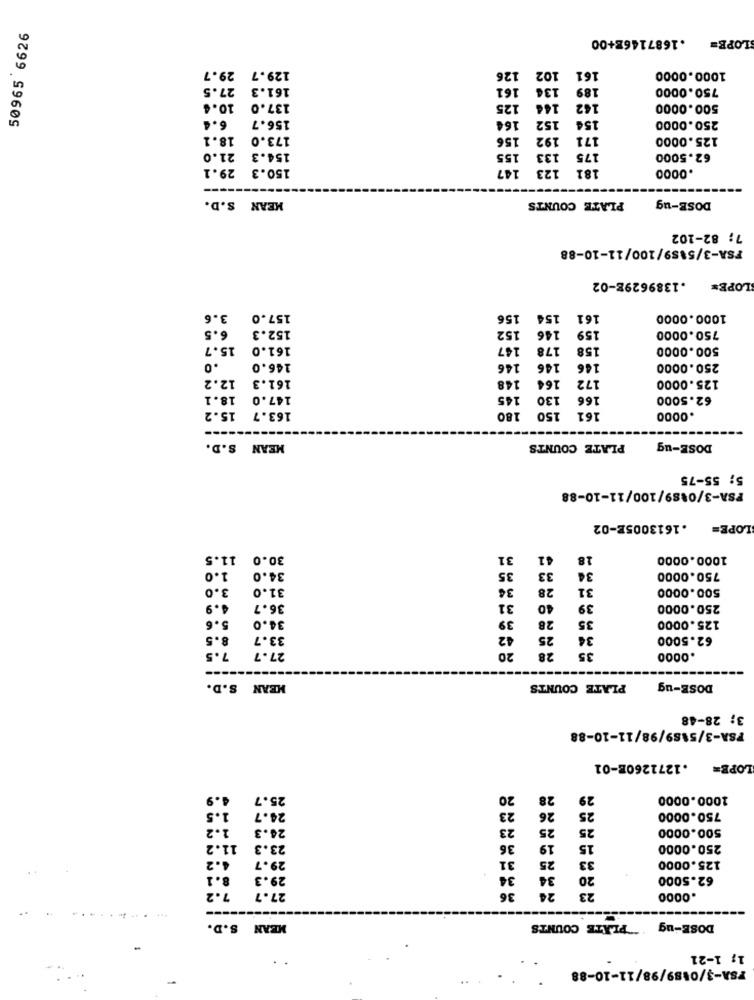
50965 6626
.1687146E+00
LOPE=
29.7
129.7
126
102
161
1000.0000
27.5
161.3
161
134
189
750.0000
10.4
137.0
125
144
142
500.0000
6.4
156.7
164
152
154
250.0000
18.1
173.0
156
192
171
125.0000
155
21.0
154.3
133
175
62.5000
150.3 29.1
147
181 123
.0000
DOSE-ug
MEAN S.D.
PLATE COUNTS
7; 82-102
FSA-3/5189/100/11-10-88
.1389629E-02
LOPE=
3.6
157.0
156
154
161
1000.0000
6.5
152.3
152
750.0000
146
159
15.7
161.0
147
178
158
500.0000
.0
146.0
146
146
146
250.0000
12.2
161.3
164
148
172
125.0000
18.1
147.0
130 145
166
62.5000
15.2
150 180
163.7
161
.0000
MEAN S.D.
PLATE COUNTS
DOSE-ug
5; 55-75
PSA-3/0489/100/11-10-88
.1613005E-02
LOPE=
11.5
30.0
31
41
18
1000.0000
35
33
34
1.0
34.0
750.0000
3.0
31.0
34
28
31
500.0000
4.9
36.7
31
40
39
250.0000
5.6
34.0
39
125.0000
28
35
8.5
33.7
42
25
34
62.5000
20
7.5
27.7
28
35
.0000
MEAN S.D.
PLATE COUNTS
DOSE-ug
3; 28-48
FSA-3/5189/98/11-10-88
.1271260E-01
LOPE=
4.9
25.7
20
28
29
1000.0000
1.5
23
26
24.7
25
750.0000
1.2
24.3
23
25
25
500.0000
11.2
23.3
36
19
15
250.0000
4.2
29.7
31
25
33
125.0000
8.1
29.3
34
34
20
62.5000
36
24
23
7.2
27.7
.0000
MEAN S.D.
DOSE-ug PLATE COUNTS
1; 1-21
FSA-3/0489/98/11-10-88
..